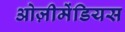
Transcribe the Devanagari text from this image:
ओज़ीमेंडियस